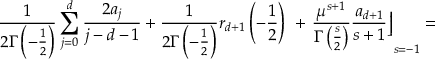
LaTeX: \frac 1 { 2 \Gamma \left( - \frac 1 2 \right) } \sum _ { j = 0 } ^ { d } \frac { 2 a _ { j } } { j - d - 1 } + \frac 1 { 2 \Gamma \left( - \frac 1 2 \right) } r _ { d + 1 } \left( - \frac 1 2 \right) \, \, + \left. \frac { \mu ^ { s + 1 } } { \Gamma \left( \frac s 2 \right) } \frac { a _ { d + 1 } } { s + 1 } \right\rfloor _ { s = - 1 } =